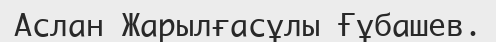
Аслан Жарылғасұлы Ғұбашев.